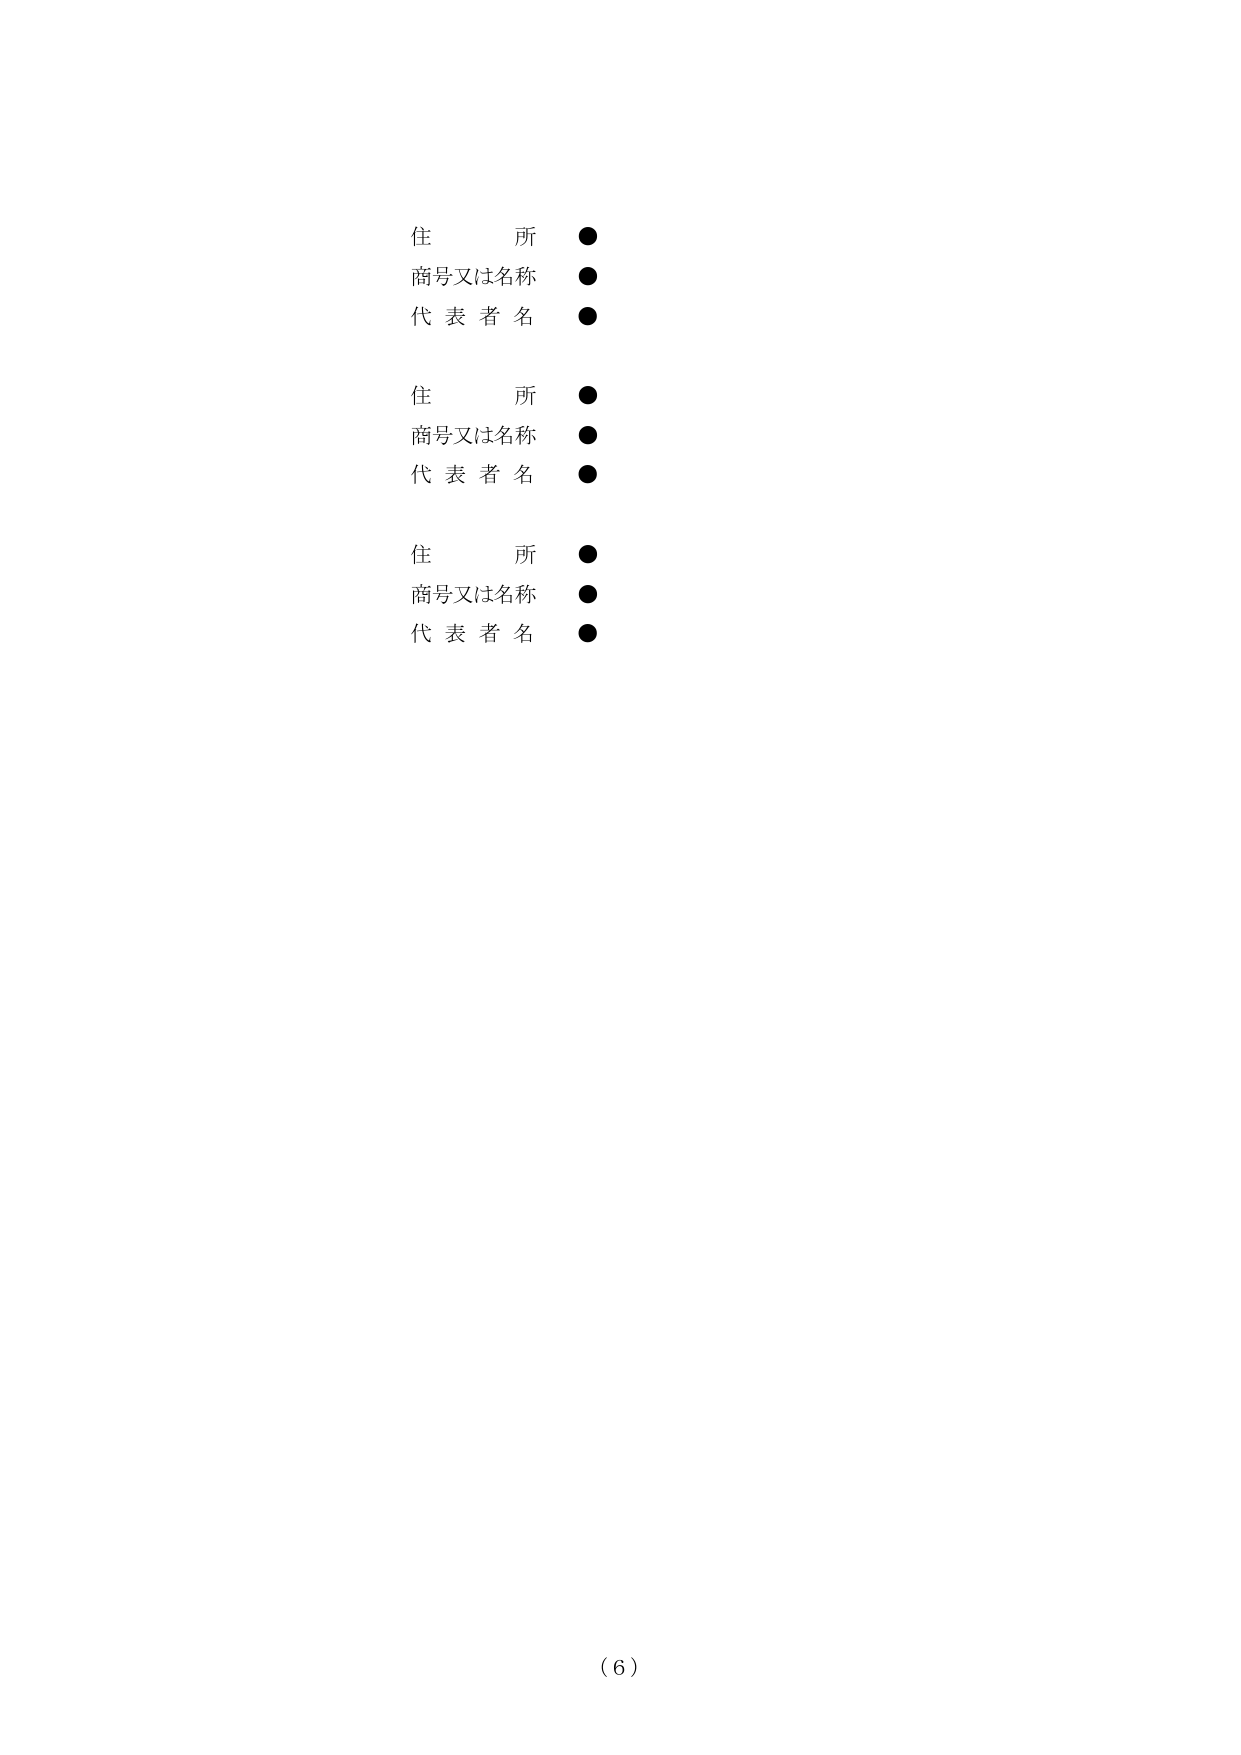
住　　所　●
商号又は名称　●
代 表 者 名　●

住　　所　●
商号又は名称　●
代 表 者 名　●

住　　所　●
商号又は名称　●
代 表 者 名　●

（６）